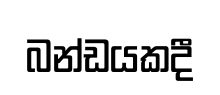
බන්ඩයකදී